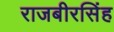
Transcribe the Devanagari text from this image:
राजबीरसिंह